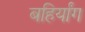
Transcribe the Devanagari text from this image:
बहिर्यांग